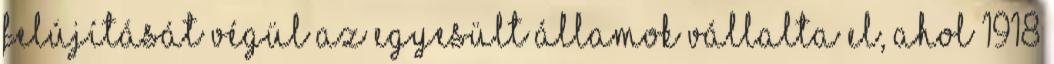
felújítását végül az Egyesült Államok vállalta el, ahol 1918